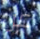
عن